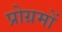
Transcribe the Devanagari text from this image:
प्रोग्रमों